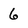
Character: 6